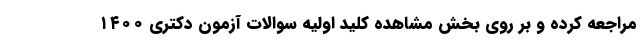
مراجعه کرده و بر روی بخش مشاهده کلید اولیه سوالات آزمون دکتری ۱۴۰۰